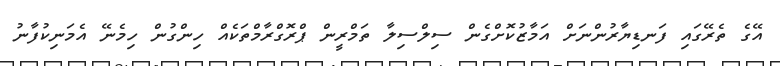
އޭގެ ތެރޭގައި ފަނޑިޔާރުންނަށް އަމާޒުކޮށްގެން ސިލްސިލާ ތަމްރީން ޕްރޮގްރާމްތަކެއް ހިންގުން ހިމެނޭ އެމަނިކުފާނު